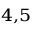
^ { 4 , 5 }